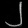
Digit: ၂